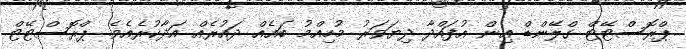
ޕްރޮސްޓޭޓް ގްލޭންޑް އިން އުފައްދާ ދިޔަވަރު މުހިއްމު ބައެއް ދައުރެއް އަދާކުރެއެވެ. ޕްރޮސްޓޭޓް